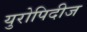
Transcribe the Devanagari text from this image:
युरोपिदीज